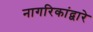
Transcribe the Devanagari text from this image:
नागरिकांद्वारे